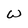
Character: W